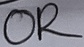
Text: OR